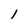
Character: 1